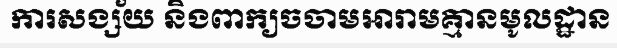
ការសង្ស័យ និងពាក្យចចាមអារាមគ្មានមូលដ្ឋាន